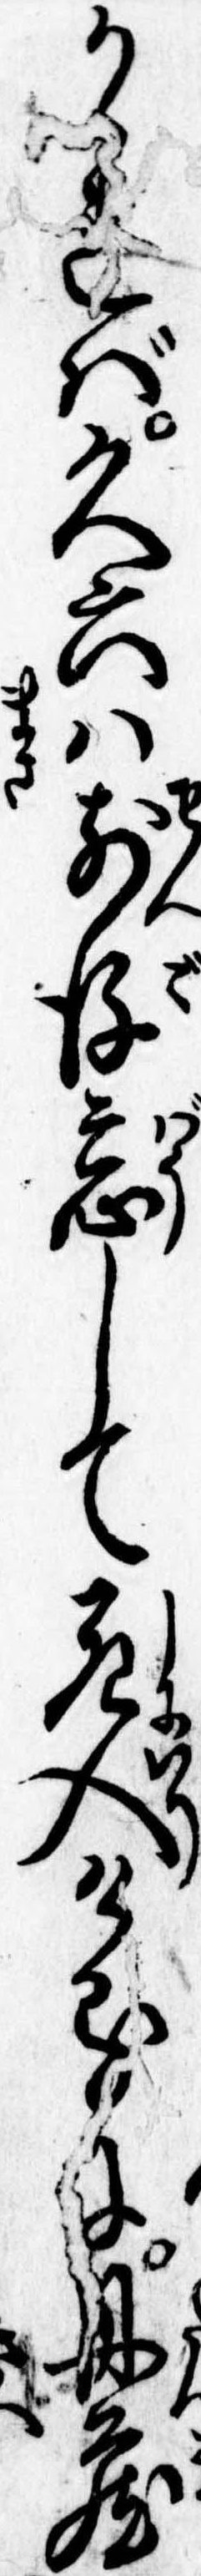
かゝれば久六は前後忘して死入けるに丹蔵